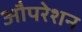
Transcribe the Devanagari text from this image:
औपरेशन